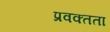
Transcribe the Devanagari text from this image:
प्रवक्तता